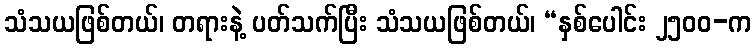
သံသယဖြစ်တယ်၊ တရားနဲ့ ပတ်သက်ပြီး သံသယဖြစ်တယ်၊ “နှစ်ပေါင်း ၂၅၀၀-က